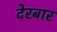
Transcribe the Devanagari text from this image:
देरबार